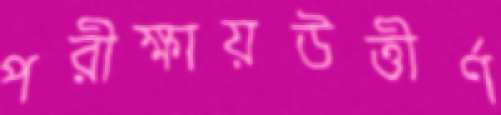
পরীক্ষায়উত্তীর্ণ